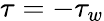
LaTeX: \tau=-\tau_{w}